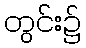
တွင်း၌